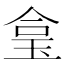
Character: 𤥓